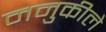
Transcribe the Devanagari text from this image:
ननुकीले